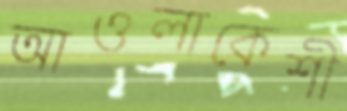
আওলাকেশী